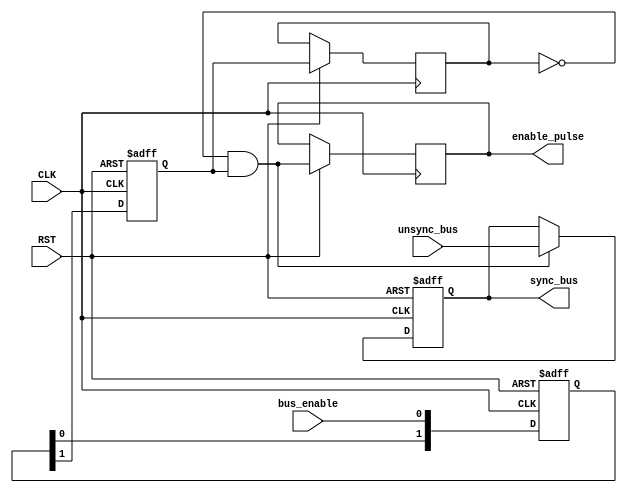
module DATA_SYNC #( parameter NUM_STAGES = 2, BUS_WIDTH = 8)

(unsync_bus, bus_enable, CLK, RST, sync_bus, enable_pulse);

input [BUS_WIDTH-1:0] unsync_bus;
input CLK, RST, bus_enable;      // REMINDER: Destination CLK domain
output reg [BUS_WIDTH-1:0] sync_bus;
output reg enable_pulse;

integer i;
//reg [NUM_STAGES-1:0] ff [BUS_WIDTH-1:0];
reg [NUM_STAGES-1:0] ff;
reg bus_enable_out, q;
wire pulse_gen;

always@(posedge CLK or negedge RST)
begin
    if(!RST)
    begin
    ff <= 'b0;
    bus_enable_out <= 'b0;
    end
    else
    begin
        ff [0] <= bus_enable;
        ff [1] <= ff[0];
        for(i=1 ; i<(NUM_STAGES-1) ; i=i+1)
        ff[i+1] <= ff[i];
        bus_enable_out <= ff[NUM_STAGES-1];
        q <= bus_enable_out;
        enable_pulse <= pulse_gen;
    end
end

/*always@(posedge CLK or negedge RST)
begin
    if(!RST)
    begin
    q <= 1'b0;
    enable_pulse = 1'b0;
    end
    else
    begin
        q <= bus_enable_out;
        pulse_gen <= !q && bus_enable_out;
        enable_pulse <= pulse_gen;
    end
end*/

assign pulse_gen = !q && bus_enable_out;

always@(posedge CLK or negedge RST)
begin
    if(!RST)
    sync_bus <= 'b0;
    else
    begin
        if(pulse_gen)
        sync_bus <= unsync_bus;
    end
end

endmodule